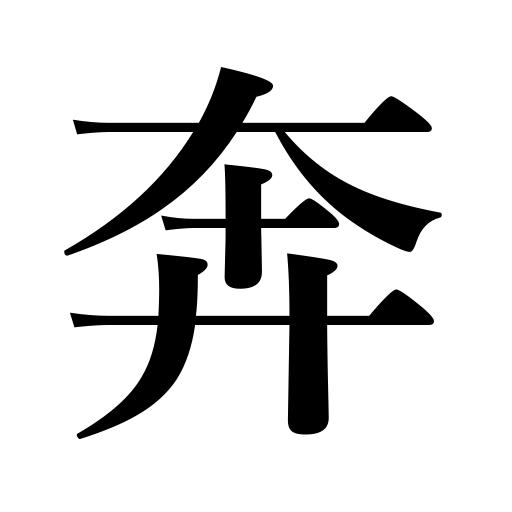
Meanings: run